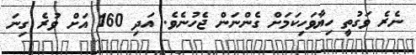
ނެރެ ވަގުތީ ހިޔާވަހިކަމަށް ގެންނަން ޖެހުނެވެ. އަދި 160 އަށް ވުރެ ގިނަ